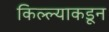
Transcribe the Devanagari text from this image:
किल्ल्याकडून